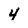
Character: 4